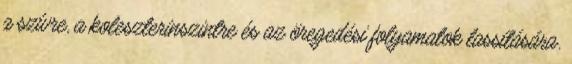
a szívre, a koleszterinszintre és az öregedési folyamatok lassítására.